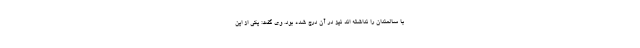
با سالمندان را نداشته اند نیز در آن درج شده بود. وی گفت: یکی از این